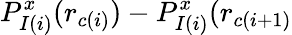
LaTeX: P_{I(i)}^{x}(r_{c(i)})-P_{I(i)}^{x}(r_{c(i+1)}